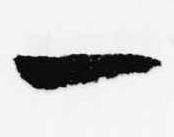
一